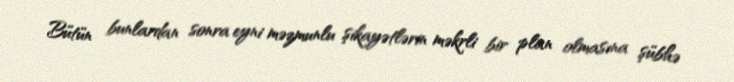
Bütün bunlardan sonra eyni məzmunlu şikayətlərin məkrli bir plan olmasına şübhə